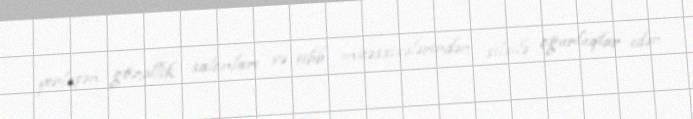
yerləşən gözəllik salonları və tibb müəssisələrindən silsilə oğurluqlar edən